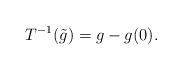
LaTeX: \begin{align*}T^{-1}(\tilde{g}) = g - g(0).\end{align*}